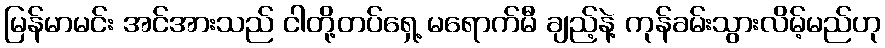
မြန်မာမင်း အင်အားသည် ငါတို့တပ်ရှေ့ မရောက်မီ ချည့်နဲ့ ကုန်ခမ်းသွားလိမ့်မည်ဟု